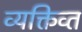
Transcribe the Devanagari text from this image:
व्यक्तिव्त